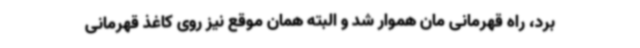
برد، راه قهرمانی مان هموار شد و البته همان موقع نیز روی کاغذ قهرمانی